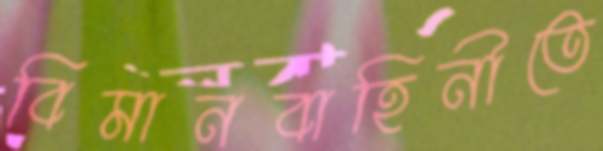
বিমানবাহিনীতে